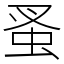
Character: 蚤